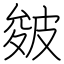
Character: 皴